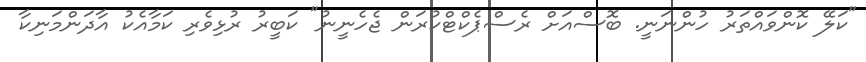
"ކަލޭ ކޮންވައްތަރު ހުންނަނީ. ބޮސްއަށް ރެސްޕެކްޓްކުރަން ޖެހެނީނު" ކަބީރު ރުޅިވެރި ކަމާއެކު އާދަންމަނިކާ